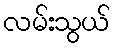
လမ်းသွယ်